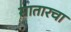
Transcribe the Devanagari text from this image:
सातारचा